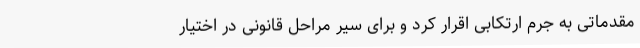
مقدماتی به جرم ارتکابی اقرار کرد و برای سیر مراحل قانونی در اختیار